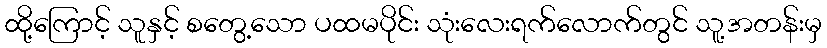
ထို့ကြောင့် သူနှင့် စတွေ့သော ပထမပိုင်း သုံးလေးရက်လောက်တွင် သူ့အတန်းမှ